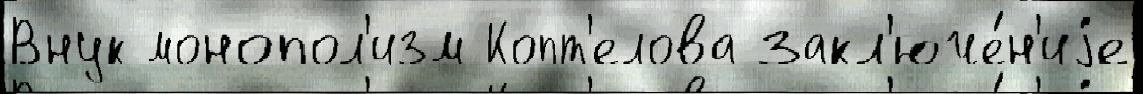
Внук монопол'изм Копт'елова закл'юче́н'иjе